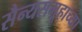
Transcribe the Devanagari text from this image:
सैन्यसमूहाच्या